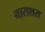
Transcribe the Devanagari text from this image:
नाराशस